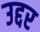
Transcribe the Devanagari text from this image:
उद्दर